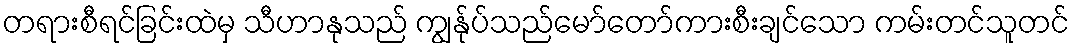
တရားစီရင်ခြင်းထဲမှ သီဟာနုသည် ကျွန်ုပ်သည်မော်တော်ကားစီးချင်သော ကမ်းတင်သူတင်